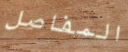
المفاصل